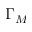
\Gamma _ { M }